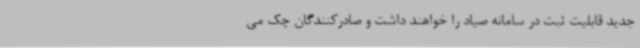
جدید قابلیت ثبت در سامانه صیاد را خواهند داشت و صادرکنندگان چک می